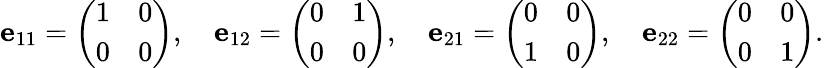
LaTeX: \mathbf{e}_{11}={\left(\begin{array}{ll}{1}&{0}\\ {0}&{0}\end{array}\right)},\quad\mathbf{e}_{12}={\left(\begin{array}{ll}{0}&{1}\\ {0}&{0}\end{array}\right)},\quad\mathbf{e}_{21}={\left(\begin{array}{ll}{0}&{0}\\ {1}&{0}\end{array}\right)},\quad\mathbf{e}_{22}={\left(\begin{array}{ll}{0}&{0}\\ {0}&{1}\end{array}\right)}.